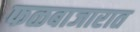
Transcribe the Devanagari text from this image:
फळबाजारात